Civil Veterinary Dept. Bombay admin report 1932-41 - 1932-1941
Year: 1932
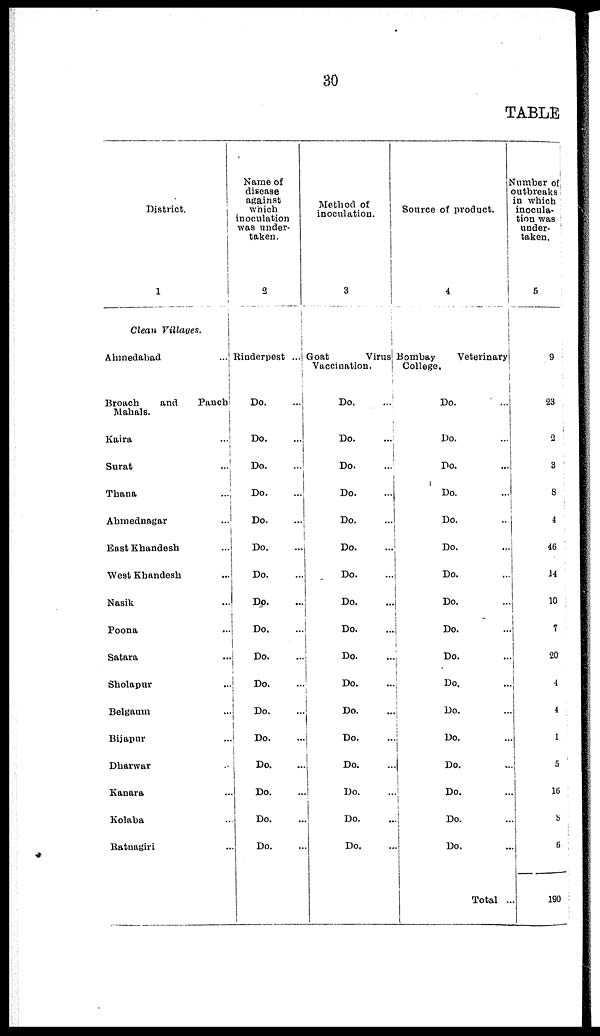
30
TABLE
District.
1
Clean Villages.
Ahmedabad
...
Broach
and
Panch
Mahals.
Kaira ...
Surat ...
Thana ...
Ahmednagar ...
East Khandesh ...
West Khandesh ...
Nasik ...
Poona
...
Satara ...
Sholapur ...
Belgaum ...
Bijapur ...
Dharwar ...
Kanara ...
Kolaba ...
Ratnagiri ...
Name of
disease
against
which
inoculation
was under-
taken.
2
Rinderpest ...
Do. ...
Do. ...
Do. ...
Do. ...
Do. ...
Do. ...
Do. ...
Do. ...
Do. ...
Do. ...
Do. ...
Do. ...
Do. ...
Do. ...
Do. ...
Do. ...
Do. ...
Method of
inoculation.
3
Goat
Virus
Vaccination.
Do. ...
Do. ...
Do. ...
Do. ...
Do. ...
Do. ...
Do. ...
Do. ...
Do. ...
Do. ...
Do. ...
Do. ...
Do. ...
Do. ...
Do. ...
Do. ...
Do. ...
Source of product.
4
Bombay
Veterinary
College.
Do. ...
Do. ...
Do. ...
Do. ...
Do. ...
Do. ...
Do. ...
Do. ...
Do. ...
Do. ...
Do. ...
Do. ...
Do. ...
Do. ...
Do. ...
Do. ...
Do. ...
Total ...
Number of
outbreaks
in which
inocula-
tion was
under-
taken.
5
9
23
2
3
8
4
46
14
10
7
20
4
4
1
5
16
8
6
190